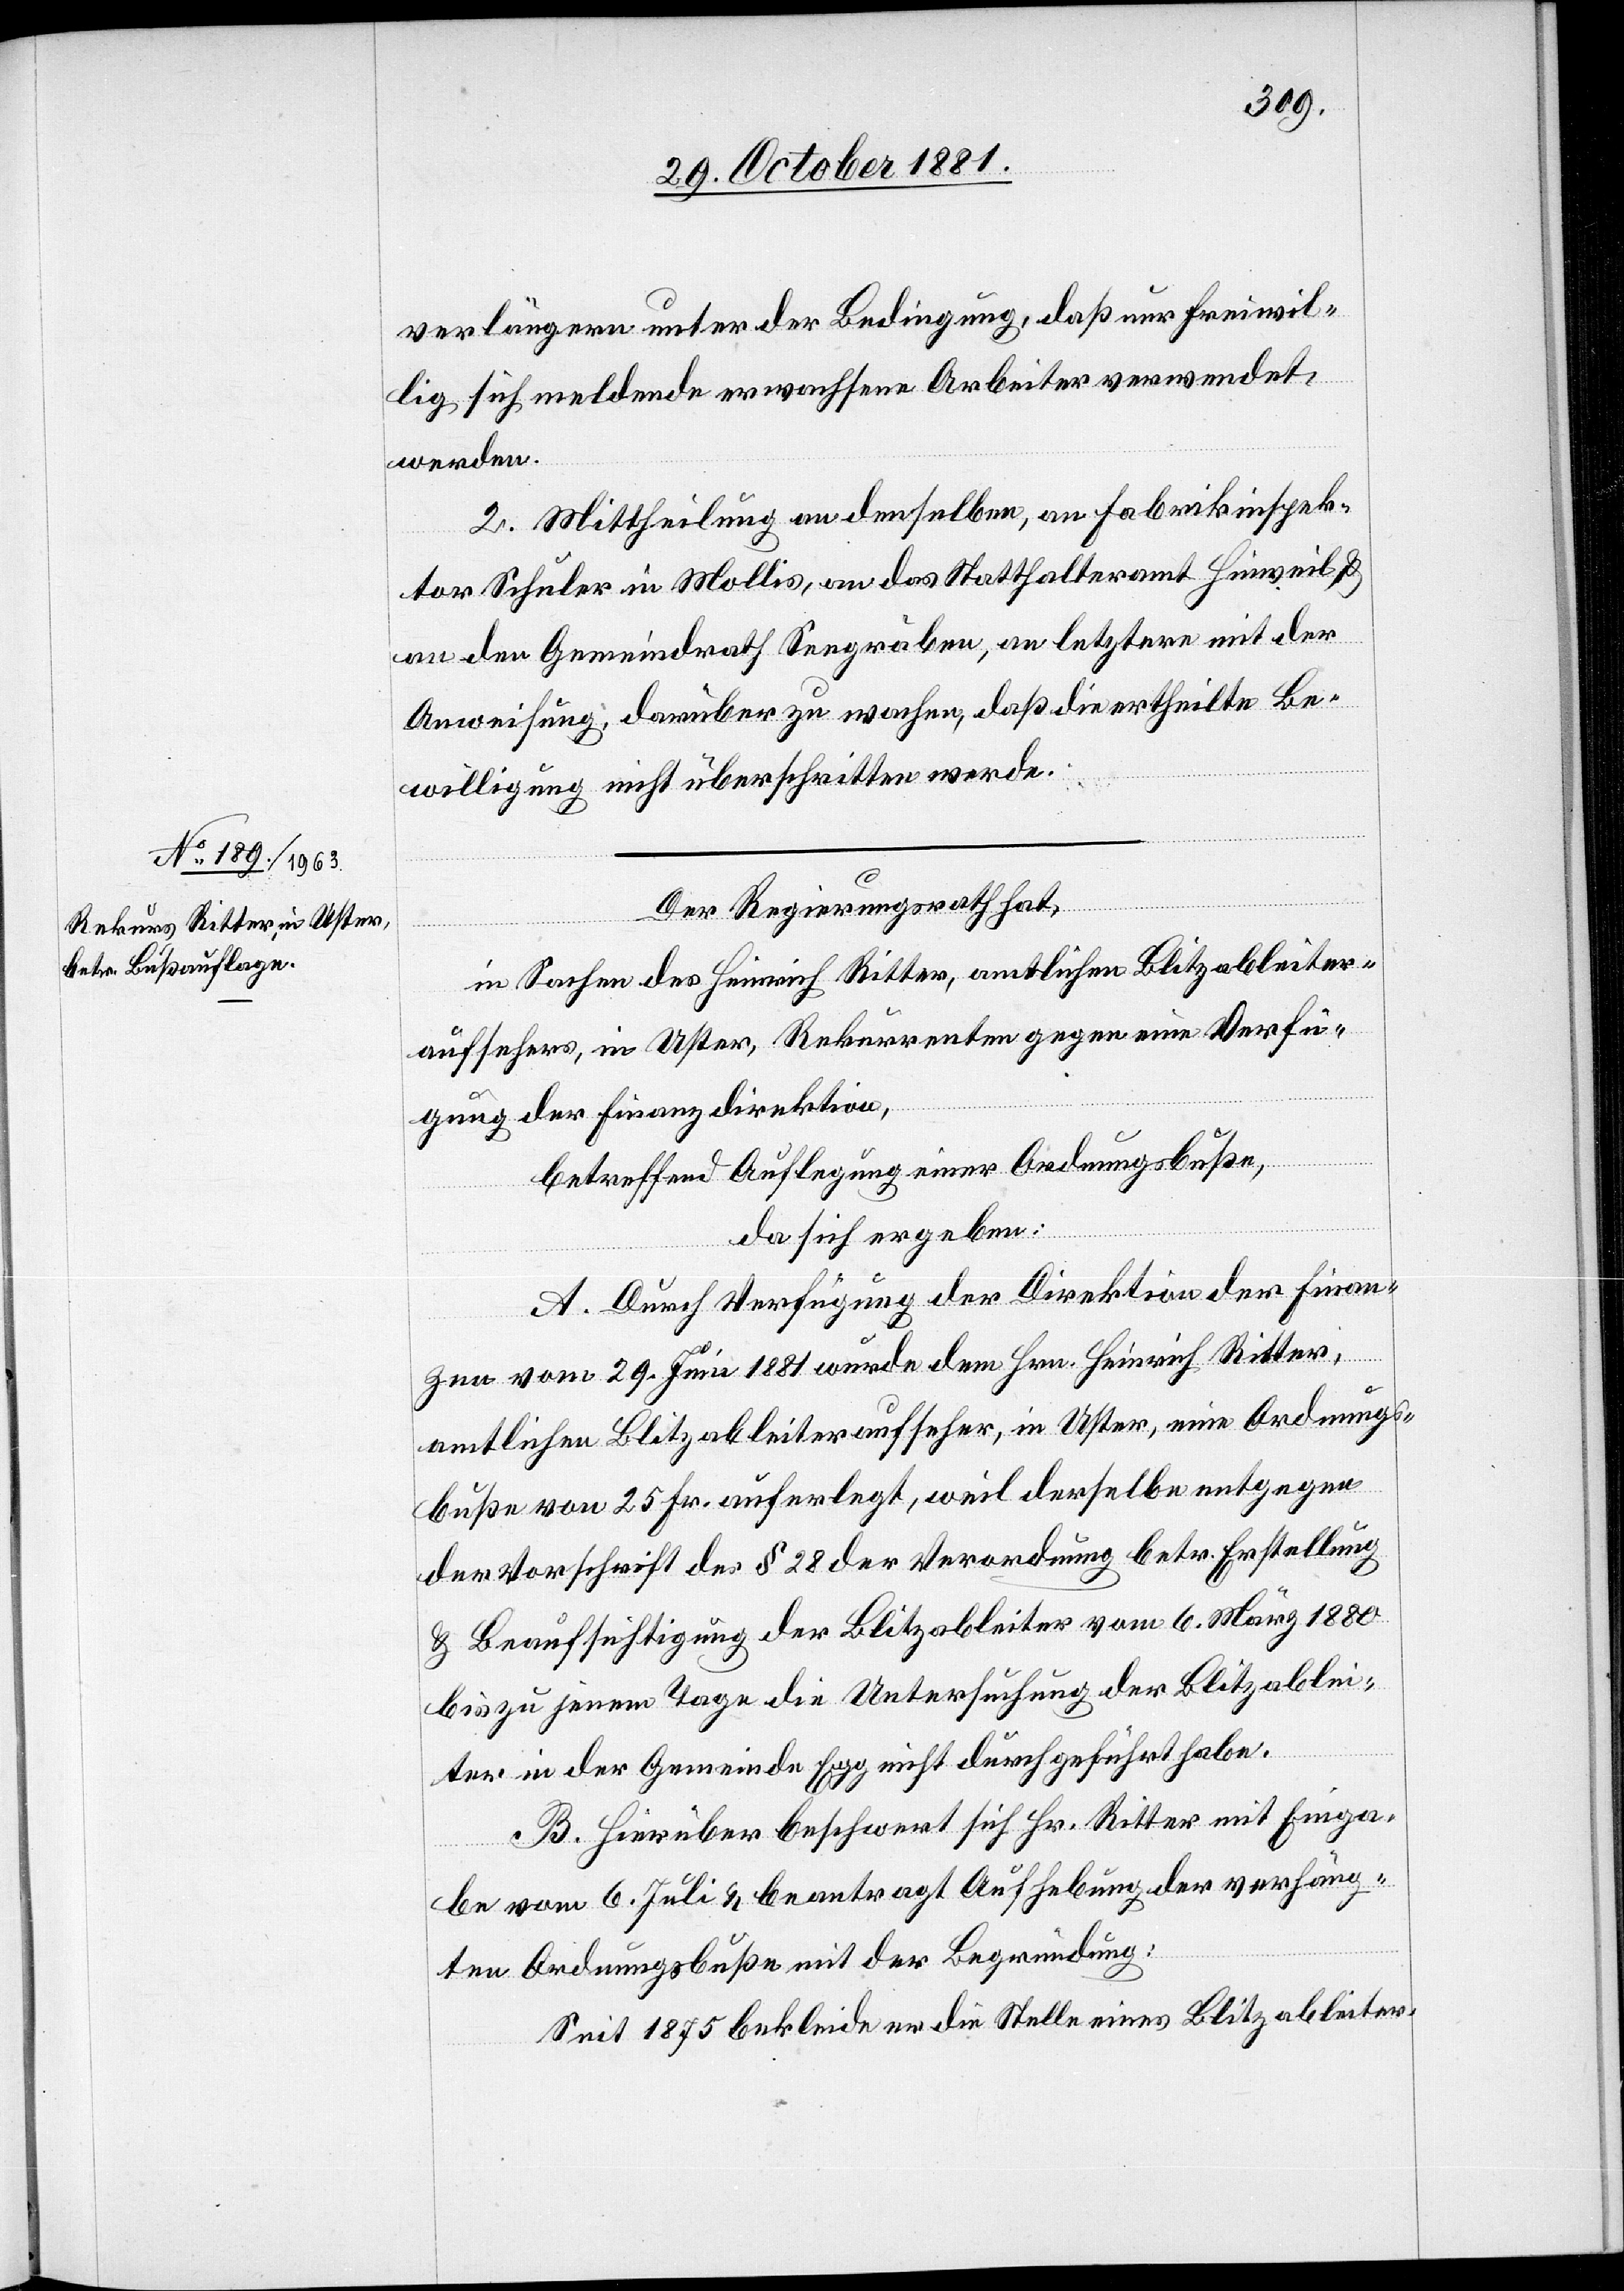
verlängern, unter der Bedingung, daß nur freiwil¬
lig sich meldende erwachsene Arbeiter verwendet
werden.
2. Mittheilung an denselben, an Fabrikinspek¬
tor Schuler in Mollis, an das Statthalteramt Hinweil &
an den Gemeindrath Seegräben, an letztere mit der
Anweisung, darüber zu wachen, daß die ertheilte Be¬
willigung nicht überschritten werde.
Der Regierungsrath hat,
in Sachen des Heinrich Ritter, amtlichen Blitzableiter¬
aufsehers, in Uster, Rekurrenten gegen eine Verfü¬
gung der Finanzdirektion,
betreffend Auflegung einer Ordnungsbuße,
da sich ergeben:
A. Durch Verfügung der Direktion der Finan¬
zen vom 29. Juni 1881 wurde dem Hrn. Heinrich Ritter,
amtlichen Blitzableiteraufseher, in Uster, eine Ordnungs¬
buße von 25 Fr. auferlegt, weil derselbe entgegen
der Vorschrift des § 28 der Verordnung betr. Erstellung
& Beaufsichtigung der Blitzableiter vom 6. März 1880
bis zu jenem Tage die Untersuchung der Blitzablei¬
ter in der Gemeinde Egg nicht durchgeführt habe.
B. Hierüber beschwert sich Hr. Ritter mit Einga¬
be vom 6. Juli & beantragt Aufhebung der verhäng¬
ten Ordnungsbuße mit der Begründung:
Seit 1875 bekleide er die Stelle eines Blitzableiter-